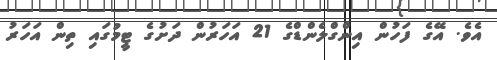
އެވެ. އޭގެ ފަހުން އިންގްލެންޑްގެ 21 އަހަރުން ދަށުގެ ޓީމުގައި ތިން އަހަރު